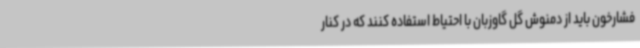
فشارخون باید از دمنوش گل گاوزبان با احتیاط استفاده کنند که در کنار